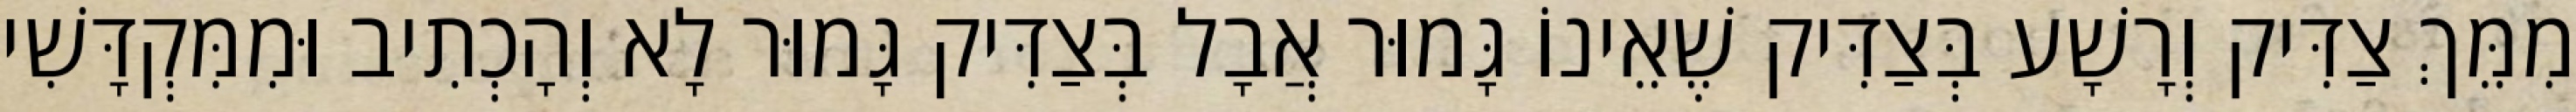
מִמֵּךְ צַדִּיק וְרָשָׁע בְּצַדִּיק שֶׁאֵינוֹ גָּמוּר אֲבָל בְּצַדִּיק גָּמוּר לָא וְהָכְתִיב וּמִמִּקְדָּשִׁי